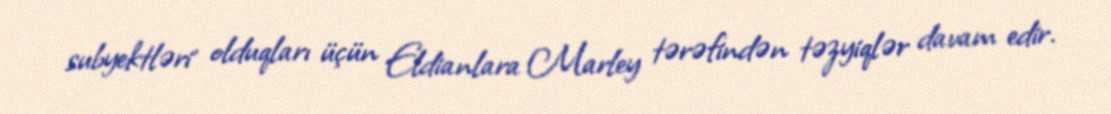
subyektləri' olduqları üçün Eldianlara Marley tərəfindən təzyiqlər davam edir.